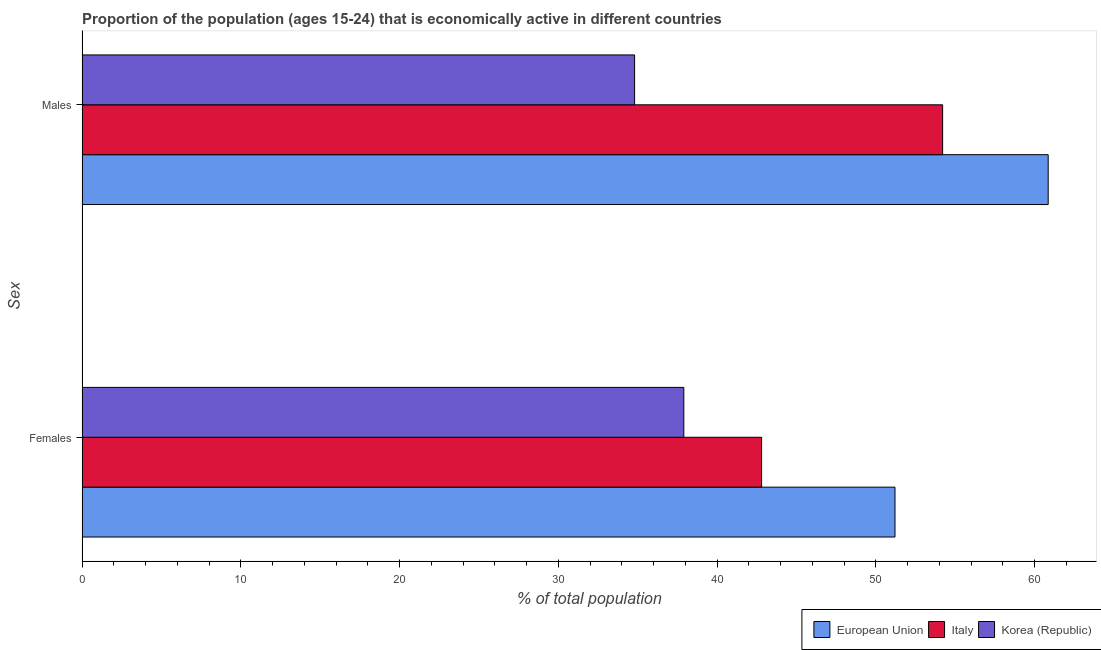
| Sex | European Union | Italy | Korea (Republic) |
 | --- | --- | --- | --- |
 | Females | 51.2 | 42.8 | 37.9 |
 | Males | 60.8 | 54.2 | 34.8 |